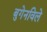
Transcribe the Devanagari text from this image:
बुगेनविले